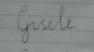
Signature authenticity: forged